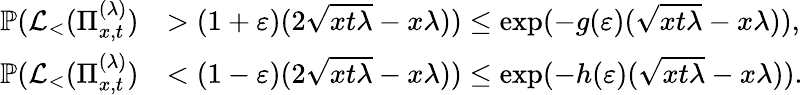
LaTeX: \begin{array}{rl}{\mathbb{P}(\mathcal{L}_{<}(\Pi_{x,t}^{(\lambda)})}&{>(1+\varepsilon)(2\sqrt{xt\lambda}-x\lambda))\le\exp(-g(\varepsilon)(\sqrt{xt\lambda}-x\lambda)),}\\ {\mathbb{P}(\mathcal{L}_{<}(\Pi_{x,t}^{(\lambda)})}&{<(1-\varepsilon)(2\sqrt{xt\lambda}-x\lambda))\le\exp(-h(\varepsilon)(\sqrt{xt\lambda}-x\lambda)).}\end{array}